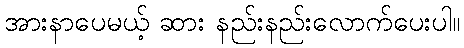
အားနာပေမယ့် ဆား နည်းနည်းလောက်ပေးပါ။